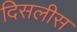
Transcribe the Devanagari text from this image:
दिसलीस